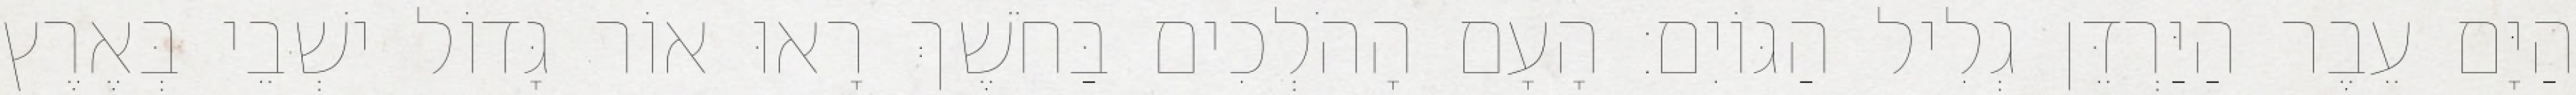
הַיָּם עֵבֶר הַיַּרְדֵּן גְלִיל הַגּוֹיִם׃ הָעָם הָהֹלְכִים בַּחֹשֶׁךְ רָאוּ אוֹר גָּדוֹל ישְׁבֵי בְּאֶרֶץ